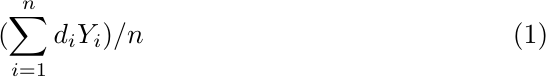
\begin{equation}
(\sum_{i=1}^{n}d_{i}Y_{i})/n\label{eq:01}
\end{equation}